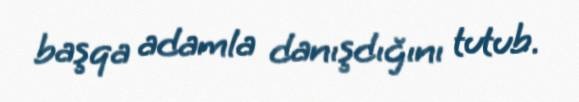
başqa adamla danışdığını tutub.